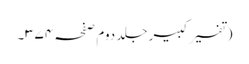
(تفسیر کبیر جلد دوم صفحہ ۳۷۴۔